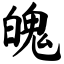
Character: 魄